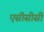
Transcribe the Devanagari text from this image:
एसीसीसी